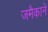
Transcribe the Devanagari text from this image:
जमैकाने